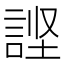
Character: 𰴹